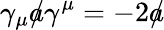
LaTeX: \gamma_{\mu}{a\! \! \! /}\gamma^{\mu}=-2{a\! \! \! /}